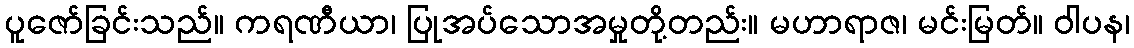
ပူဇော်ခြင်းသည်။ ကရဏီယာ၊ ပြုအပ်သောအမှုတို့တည်း။ မဟာရာဇ၊ မင်းမြတ်။ ဝါပန၊